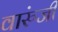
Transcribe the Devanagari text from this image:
वारुंजी